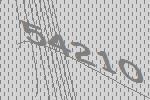
54210